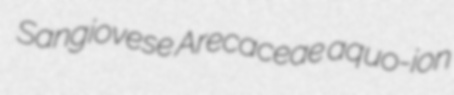
Sangiovese Arecaceae aquo-ion